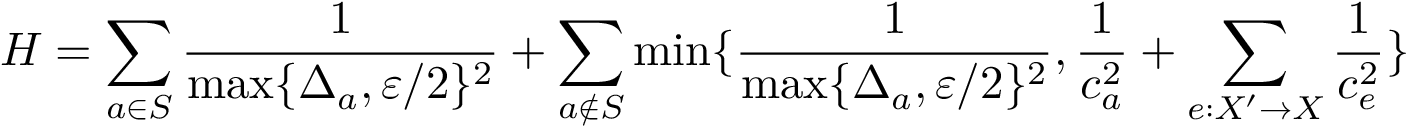
H = \sum _ { a \in S } \frac { 1 } { \operatorname* { m a x } \{ \Delta _ { a } , \varepsilon / 2 \} ^ { 2 } } + \sum _ { a \notin S } \operatorname* { m i n } \{ \frac { 1 } { \operatorname* { m a x } \{ \Delta _ { a } , \varepsilon / 2 \} ^ { 2 } } , \frac { 1 } { c _ { a } ^ { 2 } } + \sum _ { e : X ^ { \prime } \to X } \frac { 1 } { c _ { e } ^ { 2 } } \}